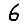
Digit: 6